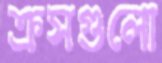
ক্রসগুলো